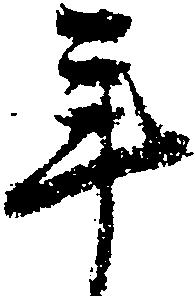
年